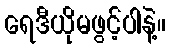
ရေဒီယိုမဖွင့်ပါနဲ့။